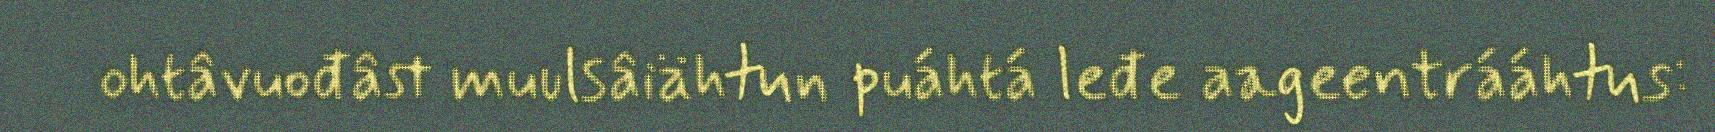
ohtâvuođâst muulsâiähtun puáhtá leđe aageentrááhtus: